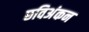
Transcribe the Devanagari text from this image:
छविअंकन